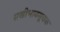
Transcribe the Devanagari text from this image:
सखीभावसूचक